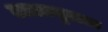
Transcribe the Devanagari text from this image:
आतामुळात